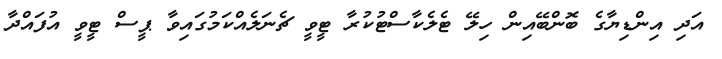
އަދި އިންޑިޔާގެ ބޮންބޭއިން ހިލޭ ޓެލެކާސްޓުކުރާ ޓީވީ ޗެނަލެއްކަމުގައިވާ ޕީސް ޓީވީ އުފައްދާ